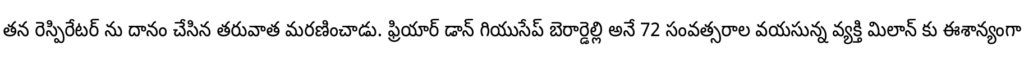
తన రెస్పిరేటర్ ను దానం చేసిన తరువాత మరణించాడు. ఫ్రియార్ డాన్ గియుసేప్ బెరార్డెల్లి అనే 72 సంవత్సరాల వయసున్న వ్యక్తి మిలాన్ కు ఈశాన్యంగా